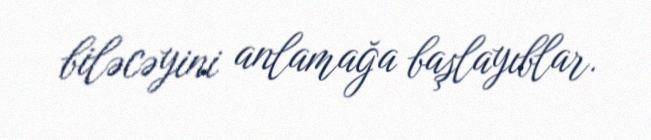
biləcəyini anlamağa başlayıblar.